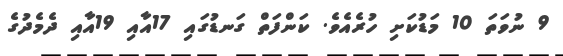
9 ނުވަތަ 10 މަޑުކަށި ހުރެއެވެ. ކަންފަތް ގަނޑުގައި 17އާއި 19އާއި ދެމެދުގެ